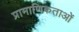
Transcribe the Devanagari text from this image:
प्रामाणिकताओं